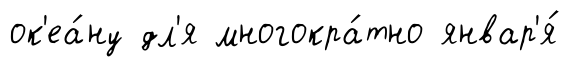
ок'еа́ну дл'я многокра́тно январ'я́